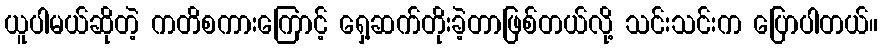
ယူပါမယ်ဆိုတဲ့ ကတိစကားကြောင့် ရှေ့ဆက်တိုးခဲ့တာဖြစ်တယ်လို့ သင်းသင်းက ပြောပါတယ်။